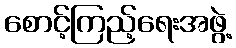
စောင့်ကြည့်ရေးအဖွဲ့